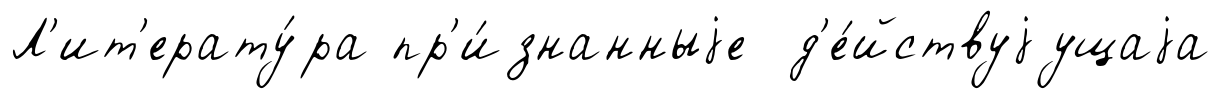
Л'ит'ерату́ра пр'и́знанныjе д'е́йствуjущаjа